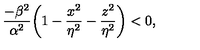
{ \frac { - \beta ^ { 2 } } { \alpha ^ { 2 } } } \bigg ( 1 - { \frac { x ^ { 2 } } { \eta ^ { 2 } } } - { \frac { z ^ { 2 } } { \eta ^ { 2 } } } \bigg ) < 0 ,